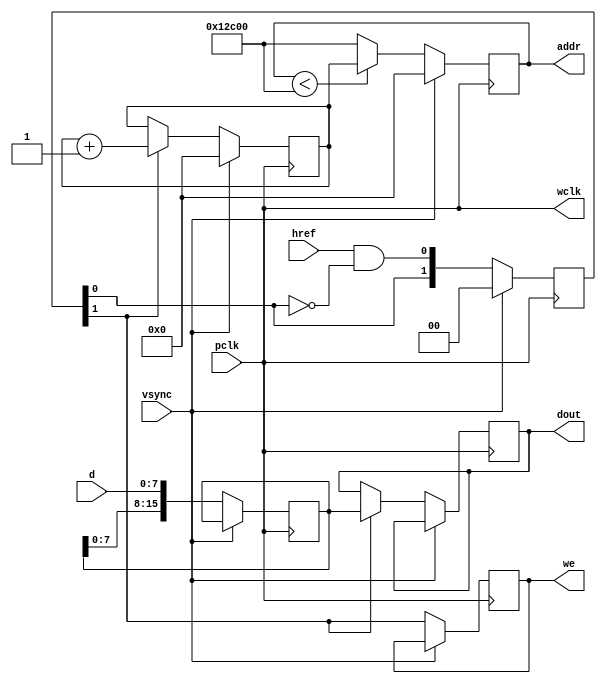
module camCap(
	input pclk,
	input vsync,
	input href,
	input[7:0] d,
	output[16:0] addr,
	output reg[15:0] dout,
	output reg we,
	output wclk
	);

	reg [15:0] d_latch;
	reg [16:0] address;
	reg [16:0] address_next;  
	reg [1:0] wr_hold;    
	reg [1:0] cnt;

	initial d_latch = 16'b0;
	initial address = 19'b0;
	initial address_next = 19'b0;
	initial wr_hold = 2'b0;   
	initial cnt = 2'b0; 

	assign addr = address;
	assign wclk = pclk;

	always@(posedge pclk)begin

		if( vsync ==1) begin

			 address <=17'b0;
			 address_next <= 17'b0;
			 wr_hold <=  2'b0;
			 cnt <=  2'b0;

		end else begin

			if(address<76800)
				address <= address_next;
			else
				address <= 76800;

			we <= wr_hold[1];
			wr_hold <= {wr_hold[0] , (href &&( ! wr_hold[0])) };
			d_latch <= {d_latch[7:0] , d};

			if (wr_hold[1] == 1) begin
				address_next <= address_next+1;
				dout[15:0]  <= d_latch[15:0];
			end

		end;
	end

endmodule